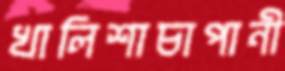
খালিশাচাপানী